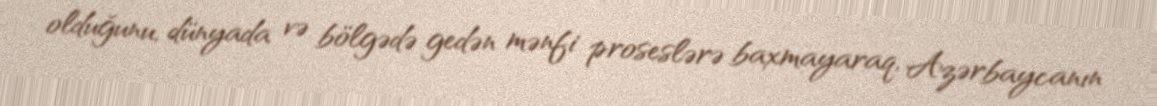
olduğunu, dünyada və bölgədə gedən mənfi proseslərə baxmayaraq, Azərbaycanın